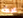
محطه